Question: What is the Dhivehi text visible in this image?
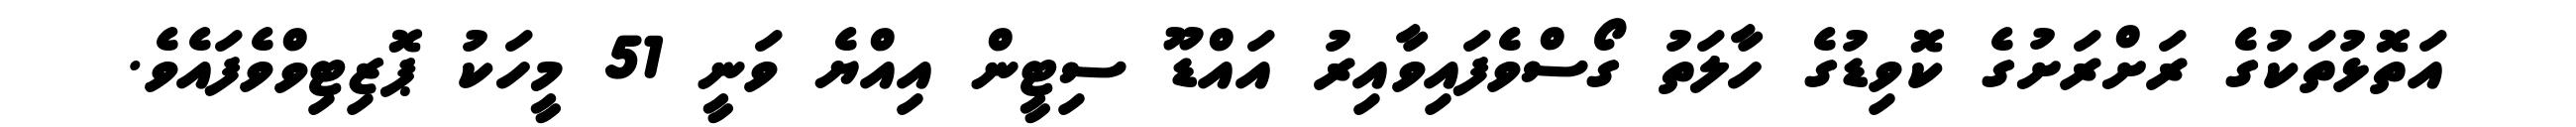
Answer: އަތޮޅުތަކުގެ ރަށްރަށުގެ ކޮވިޑުގެ ހާލަތު ގޯސްވެފައިވާއިރު އައްޑޫ ސިޓީން އިއްޔެ ވަނީ 51 މީހަކު ޕޮޒިޓިވްވެފައެވެ.